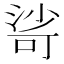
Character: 𣹇